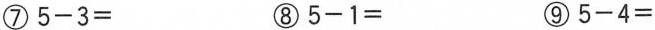
⑦$$5-3=$$ ⑧$$5-1=$$ ⑨$$5-4=$$